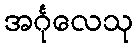
အင်္ဂုလေသု